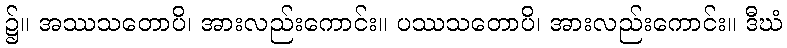
၌။ အဿသတောပိ၊ အားလည်းကောင်း။ ပဿသတောပိ၊ အားလည်းကောင်း။ ဒီဃံ